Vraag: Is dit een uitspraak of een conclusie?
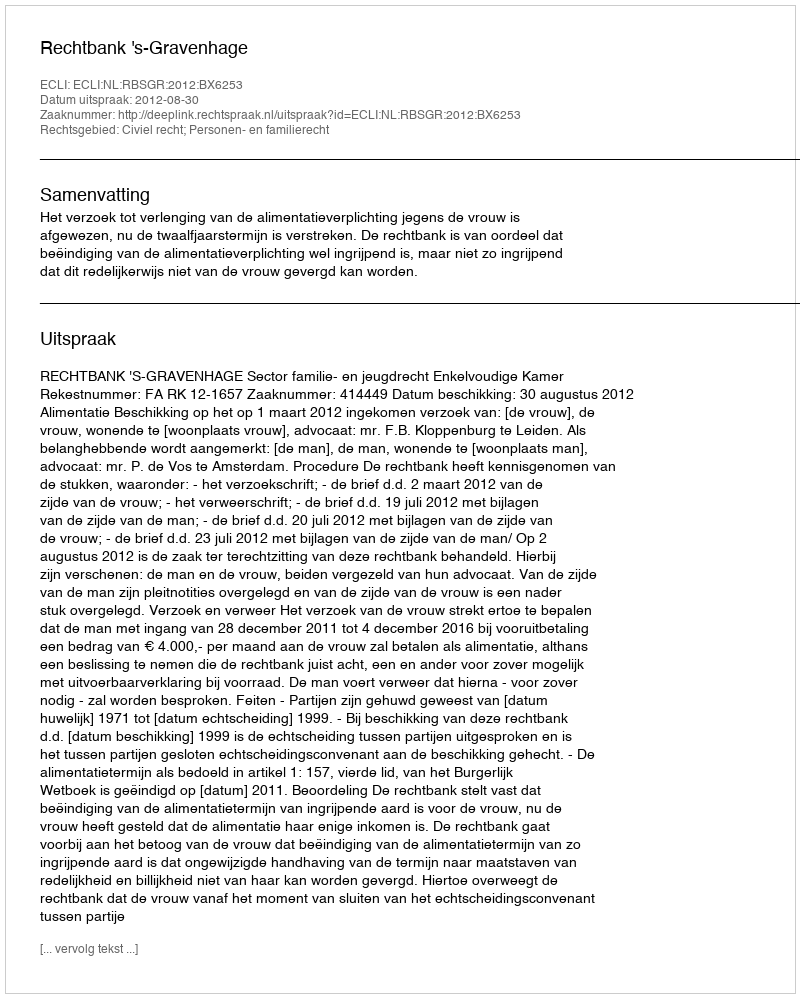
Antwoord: Uitspraak